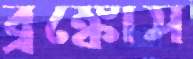
ব্রঙ্কোস